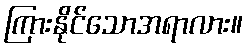
ကြားနိုင်သောအရာလား။